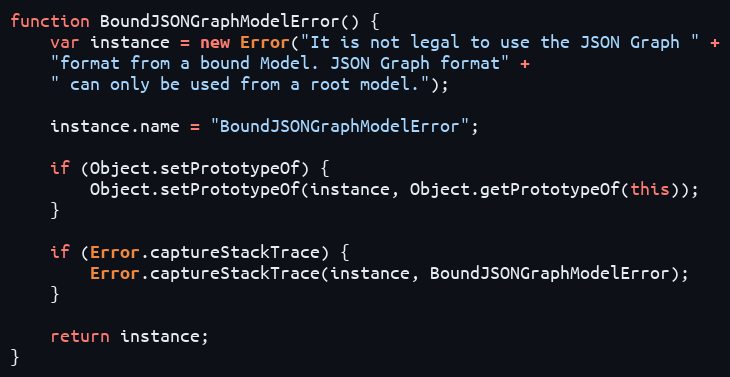
Language: JavaScript
function BoundJSONGraphModelError() {
    var instance = new Error("It is not legal to use the JSON Graph " +
    "format from a bound Model. JSON Graph format" +
    " can only be used from a root model.");

    instance.name = "BoundJSONGraphModelError";

    if (Object.setPrototypeOf) {
        Object.setPrototypeOf(instance, Object.getPrototypeOf(this));
    }

    if (Error.captureStackTrace) {
        Error.captureStackTrace(instance, BoundJSONGraphModelError);
    }

    return instance;
}